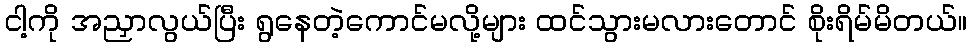
ငါ့ကို အညှာလွယ်ပြီး ရွနေတဲ့ကောင်မလို့များ ထင်သွားမလားတောင် စိုးရိမ်မိတယ်။